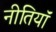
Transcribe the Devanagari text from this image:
नीतियॉं